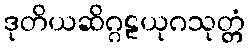
ဒုတိယဆိဂ္ဂဠယုဂသုတ္တံ